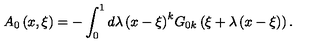
A _ { 0 } \left( { x , \xi } \right) = - \int _ { 0 } ^ { 1 } { d \lambda \left( { x - \xi } \right) } ^ { k } G _ { 0 k } \left( { \xi + \lambda \left( { x - \xi } \right) } \right) .